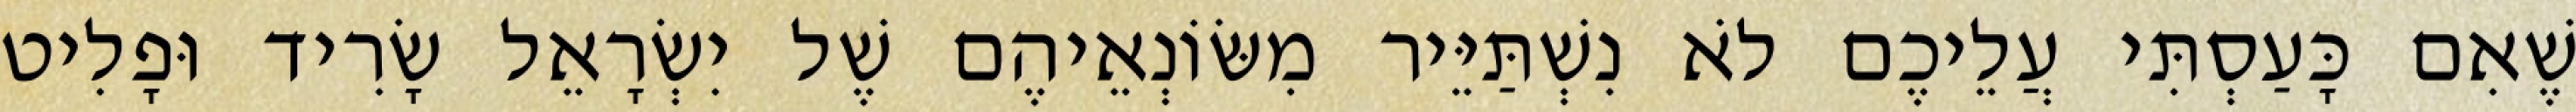
שֶׁאִם כָּעַסְתִּי עֲלֵיכֶם לֹא נִשְׁתַּיֵּיר מִשּׂוֹנְאֵיהֶם שֶׁל יִשְׂרָאֵל שָׂרִיד וּפָלִיט